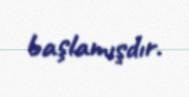
başlamışdır.